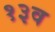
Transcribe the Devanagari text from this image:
१३व